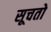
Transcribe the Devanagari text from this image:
सूचतो